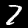
Digit: 7